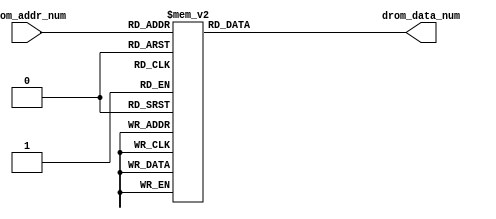
`timescale 1ns / 1ps
//////////////////////////////////////////////////////////////////////////////////
// Company: 
// Engineer: 
// 
// Design Name: 
// Module Name: font_player1
// Project Name: 
// Target Devices: 
// Tool Versions: 
// Description: 
// 
// Dependencies: 
// 
// Revision:
// Revision 0.01 - File Created
// Additional Comments:
// 
//////////////////////////////////////////////////////////////////////////////////


module word_player1(
    input [4:0] drom_addr_num,
    output reg [0:223] drom_data_num
);

always @(*)
  begin 
    case (drom_addr_num)
       0:drom_data_num = 224'b01111111111111111111111111110000010000000000000000000000000000000000011111111111111111111110000001000000000000000000000000000010000001111111111111111111111111100111111111111111111111111111000000000000000000000000000000000010;
       1:drom_data_num = 224'b01000000000000000000000000001000010000000000000000000000000000000001000000000000000000000000100001000000000000000000000000000010000010000000000000000000000000000100000000000000000000000000100000000000000000000000000000000110;
       2:drom_data_num = 224'b01000000000000000000000000000100010000000000000000000000000000000010000000000000000000000000010001000000000000000000000000000010000100000000000000000000000000000100000000000000000000000000010000000000000000000000000000001010;
       3:drom_data_num = 224'b01000000000000000000000000000010010000000000000000000000000000000100000000000000000000000000001001000000000000000000000000000010010000000000000000000000000000000100000000000000000000000000001000000000000000000000000000010010;
       4:drom_data_num = 224'b01000000000000000000000000000010010000000000000000000000000000000100000000000000000000000000001001000000000000000000000000000010010000000000000000000000000000000100000000000000000000000000001000000000000000000000000000100010;
       5:drom_data_num = 224'b01000000000000000000000000000010010000000000000000000000000000000100000000000000000000000000001001000000000000000000000000000010010000000000000000000000000000000100000000000000000000000000001000000000000000000000000001000010;
       6:drom_data_num = 224'b01000000000000000000000000000010010000000000000000000000000000000100000000000000000000000000001001000000000000000000000000000010010000000000000000000000000000000100000000000000000000000000001000000000000000000000000010000010;
       7:drom_data_num = 224'b01000000000000000000000000000010010000000000000000000000000000000100000000000000000000000000001001000000000000000000000000000010010000000000000000000000000000000100000000000000000000000000001000000000000000000000000100000010;
       8:drom_data_num = 224'b01000000000000000000000000000010010000000000000000000000000000000100000000000000000000000000001001000000000000000000000000000010010000000000000000000000000000000100000000000000000000000000001000000000000000000000001000000010;
       9:drom_data_num = 224'b01000000000000000000000000000010010000000000000000000000000000000100000000000000000000000000001001000000000000000000000000000010010000000000000000000000000000000100000000000000000000000000001000000000000000000000010000000010;
      10:drom_data_num = 224'b01000000000000000000000000000010010000000000000000000000000000000100000000000000000000000000001001000000000000000000000000000010010000000000000000000000000000000100000000000000000000000000001000000000000000000000000000000010;
      11:drom_data_num = 224'b01000000000000000000000000000010010000000000000000000000000000000100000000000000000000000000001001000000000000000000000000000010010000000000000000000000000000000100000000000000000000000000001000000000000000000000000000000010;
      12:drom_data_num = 224'b01000000000000000000000000000010010000000000000000000000000000000100000000000000000000000000001001000000000000000000000000000010010000000000000000000000000000000100000000000000000000000000001000000000000000000000000000000010;
      13:drom_data_num = 224'b01000000000000000000000000000100010000000000000000000000000000000100000000000000000000000000001000100000000000000000000000000100001000000000000000000000000000000100000000000000000000000000010000000000000000000000000000000010;
      14:drom_data_num = 224'b01000000000000000000000000001000010000000000000000000000000000000100000000000000000000000000001000010000000000000000000000001000000100000000000000000000000000000100000000000000000000000000100000000000000000000000000000000010;
      15:drom_data_num = 224'b01111111111111111111111111110000010000000000000000000000000000000111111111111111111111111111111000000111111111111111111111100000000001111111111111111111111111100111111111111111111111111111000000000000000000000000000000000010;
      16:drom_data_num = 224'b01000000000000000000000000000000010000000000000000000000000000000100000000000000000000000000001000000000000000001000000000000000000100000000000000000000000000000100000000000000000000100000000000000000000000000000000000000010;
      17:drom_data_num = 224'b01000000000000000000000000000000010000000000000000000000000000000100000000000000000000000000001000000000000000001000000000000000001000000000000000000000000000000100000000000000000000010000000000000000000000000000000000000010;
      18:drom_data_num = 224'b01000000000000000000000000000000010000000000000000000000000000000100000000000000000000000000001000000000000000001000000000000000010000000000000000000000000000000100000000000000000000001000000000000000000000000000000000000010;
      19:drom_data_num = 224'b01000000000000000000000000000000010000000000000000000000000000000100000000000000000000000000001000000000000000001000000000000000010000000000000000000000000000000100000000000000000000000100000000000000000000000000000000000010;
      20:drom_data_num = 224'b01000000000000000000000000000000010000000000000000000000000000000100000000000000000000000000001000000000000000001000000000000000010000000000000000000000000000000100000000000000000000000010000000000000000000000000000000000010;
      21:drom_data_num = 224'b01000000000000000000000000000000010000000000000000000000000000000100000000000000000000000000001000000000000000001000000000000000010000000000000000000000000000000100000000000000000000000001000000000000000000000000000000000010;
      22:drom_data_num = 224'b01000000000000000000000000000000010000000000000000000000000000000100000000000000000000000000001000000000000000001000000000000000010000000000000000000000000000000100000000000000000000000000100000000000000000000000000000000010;
      23:drom_data_num = 224'b01000000000000000000000000000000010000000000000000000000000000000100000000000000000000000000001000000000000000001000000000000000010000000000000000000000000000000100000000000000000000000000010000000000000000000000000000000010;
      24:drom_data_num = 224'b01000000000000000000000000000000010000000000000000000000000000000100000000000000000000000000001000000000000000001000000000000000010000000000000000000000000000000100000000000000000000000000001000000000000000000000000000000010;
      25:drom_data_num = 224'b01000000000000000000000000000000010000000000000000000000000000000100000000000000000000000000001000000000000000001000000000000000010000000000000000000000000000000100000000000000000000000000001000000000000000000000000000000010;
      26:drom_data_num = 224'b01000000000000000000000000000000010000000000000000000000000000000100000000000000000000000000001000000000000000001000000000000000010000000000000000000000000000000100000000000000000000000000001000000000000000000000000000000010;
      27:drom_data_num = 224'b01000000000000000000000000000000010000000000000000000000000000000100000000000000000000000000001000000000000000001000000000000000010000000000000000000000000000000100000000000000000000000000001000000000000000000000000000000010;
      28:drom_data_num = 224'b01000000000000000000000000000000010000000000000000000000000000000100000000000000000000000000001000000000000000001000000000000000010000000000000000000000000000000100000000000000000000000000001000000000000000000000000000000010;
      29:drom_data_num = 224'b01000000000000000000000000000000001000000000000000000000000000000100000000000000000000000000001000000000000000001000000000000000001000000000000000000000000000000100000000000000000000000000001000000000000000000000000000000010;
      30:drom_data_num = 224'b01000000000000000000000000000000000100000000000000000000000000000100000000000000000000000000001000000000000000001000000000000000000100000000000000000000000000000100000000000000000000000000001000000000000000000000000000000010;
      31:drom_data_num = 224'b01000000000000000000000000000000000001111111111111111111111111100100000000000000000000000000001000000000000000001000000000000000000001111111111111111111111111100100000000000000000000000000001000000000000000000000000000000010;
    endcase
  end

endmodule